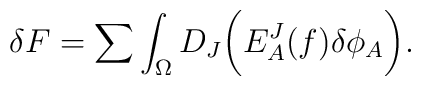
\delta F=\sum\int_{\Omega} D_J\biggl( E^J_A(f)\delta\phi_A\biggr).